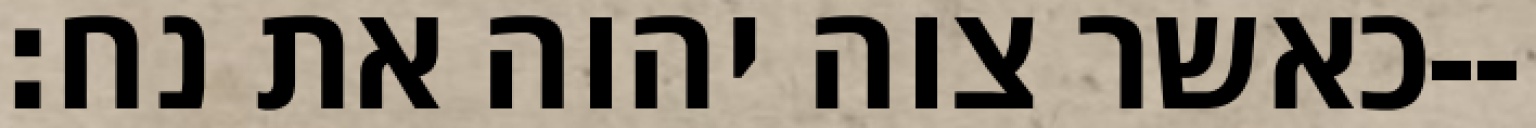
כאשר צוה יהוה את נח׃--